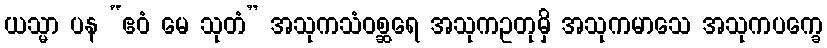
ယသ္မာ ပန “ဧဝံ မေ သုတံ” အသုကသံဝစ္ဆရေ အသုကဥတုမှိ အသုကမာသေ အသုကပက္ခေ